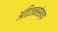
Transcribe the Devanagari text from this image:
अतिजनसंख्या